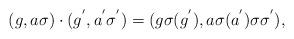
LaTeX: \begin{align*}(g,a\sigma)\cdot(g^{'},a^{'}\sigma^{'})=(g\sigma(g^{'}),a\sigma(a^{'})\sigma\sigma^{'}),\end{align*}